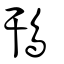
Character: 鳱